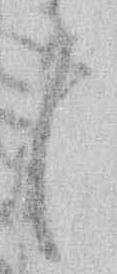
に